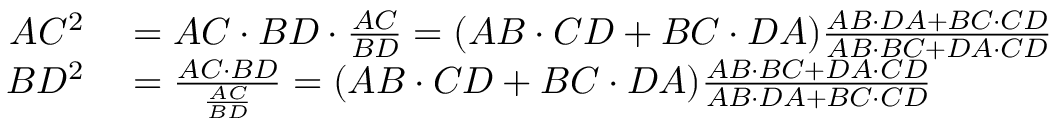
\begin{array} { r l } { A C ^ { 2 } } & { { } = A C \cdot B D \cdot { \frac { A C } { B D } } = ( A B \cdot C D + B C \cdot D A ) { \frac { A B \cdot D A + B C \cdot C D } { A B \cdot B C + D A \cdot C D } } } \\ { B D ^ { 2 } } & { { } = { \frac { A C \cdot B D } { \frac { A C } { B D } } } = ( A B \cdot C D + B C \cdot D A ) { \frac { A B \cdot B C + D A \cdot C D } { A B \cdot D A + B C \cdot C D } } } \end{array}